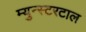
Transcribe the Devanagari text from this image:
म्युन्स्टरटाल